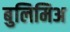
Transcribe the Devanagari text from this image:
बुलिमिअ